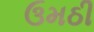
ઉમઠી